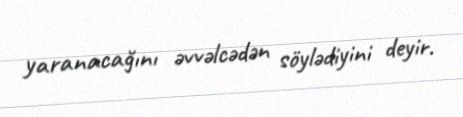
yaranacağını əvvəlcədən söylədiyini deyir.